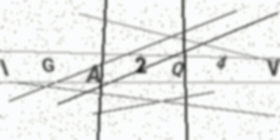
Text: IGA2Q4V